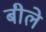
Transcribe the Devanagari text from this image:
बीले